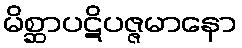
မိစ္ဆာပဋိပဇ္ဇမာနော